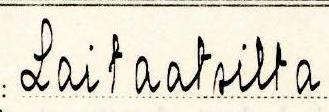
Laitaatsilta